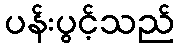
ပန်းပွင့်သည်